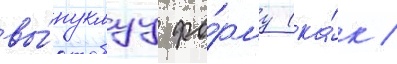
вы́пуклуу фо́рму (ка́к /